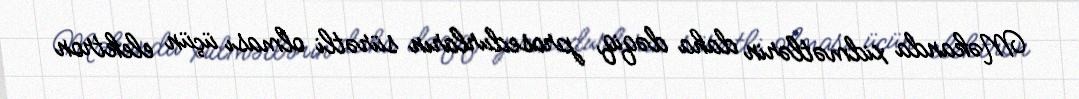
Məkanda xidmətlərin daha dəqiq, prosedurların sürətli olması üçün elektron